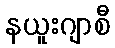
နယူးဂျာစီ